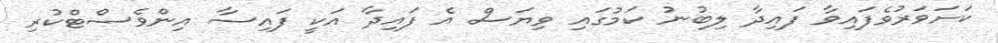
ކަށަވަރުވެފައިވާ ފައިދާ ލިބުނު ކަމުގައި ވިޔަސް އެ ފައިދާ އަކީ ފައިސާ އިންވެސްޓްކުރި